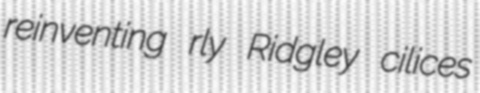
reinventing rly Ridgley cilices